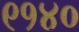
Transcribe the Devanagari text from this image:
९१४०